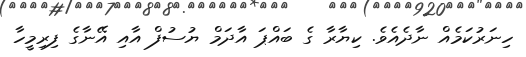
ހިނަރުކަމެއް ނާދެއެވެ. ކިޔާރާ ގެ ބައްޕަ އާދަމް ޔުސުފް އާއި އޭނާގެ ފިރިމީހާ